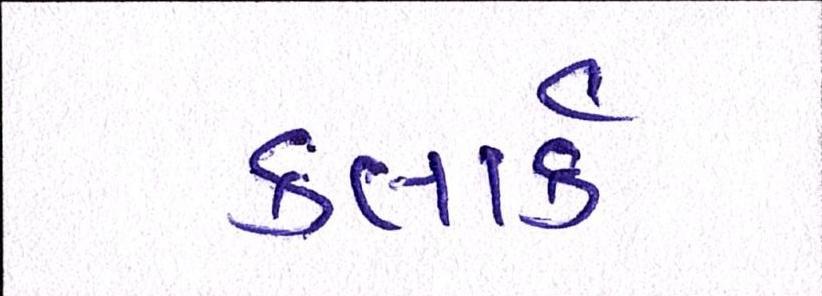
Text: કલાર્ક